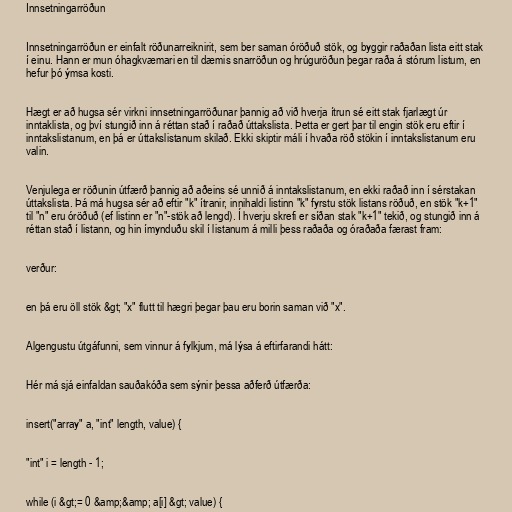
Innsetningarröðun

Innsetningarröðun er einfalt röðunarreiknirit, sem ber saman óröðuð stök, og byggir raðaðan lista eitt stak
í einu. Hann er mun óhagkvæmari en til dæmis snarröðun og hrúguröðun þegar raða á stórum listum, en
hefur þó ýmsa kosti.

Hægt er að hugsa sér virkni innsetningarröðunar þannig að við hverja ítrun sé eitt stak fjarlægt úr
inntaklista, og því stungið inn á réttan stað í raðað úttakslista. Þetta er gert þar til engin stök eru eftir í
inntakslistanum, en þá er úttakslistanum skilað. Ekki skiptir máli í hvaða röð stökin í inntakslistanum eru
valin.

Venjulega er röðunin útfærð þannig að aðeins sé unnið á inntakslistanum, en ekki raðað inn í sérstakan
úttakslista. Þá má hugsa sér að eftir "k" ítranir, innihaldi listinn "k" fyrstu stök listans röðuð, en stök "k+1"
til "n" eru óröðuð (ef listinn er "n"-stök að lengd). Í hverju skrefi er síðan stak "k+1" tekið, og stungið inn á
réttan stað í listann, og hin ímynduðu skil í listanum á milli þess raðaða og óraðaða færast fram:

verður:

en þá eru öll stök &gt; "x" flutt til hægri þegar þau eru borin saman við "x".

Algengustu útgáfunni, sem vinnur á fylkjum, má lýsa á eftirfarandi hátt:

Hér má sjá einfaldan sauðakóða sem sýnir þessa aðferð útfærða:

insert("array" a, "int" length, value) {

"int" i = length - 1;

while (i &gt;= 0 &amp;&amp; a[i] &gt; value) {